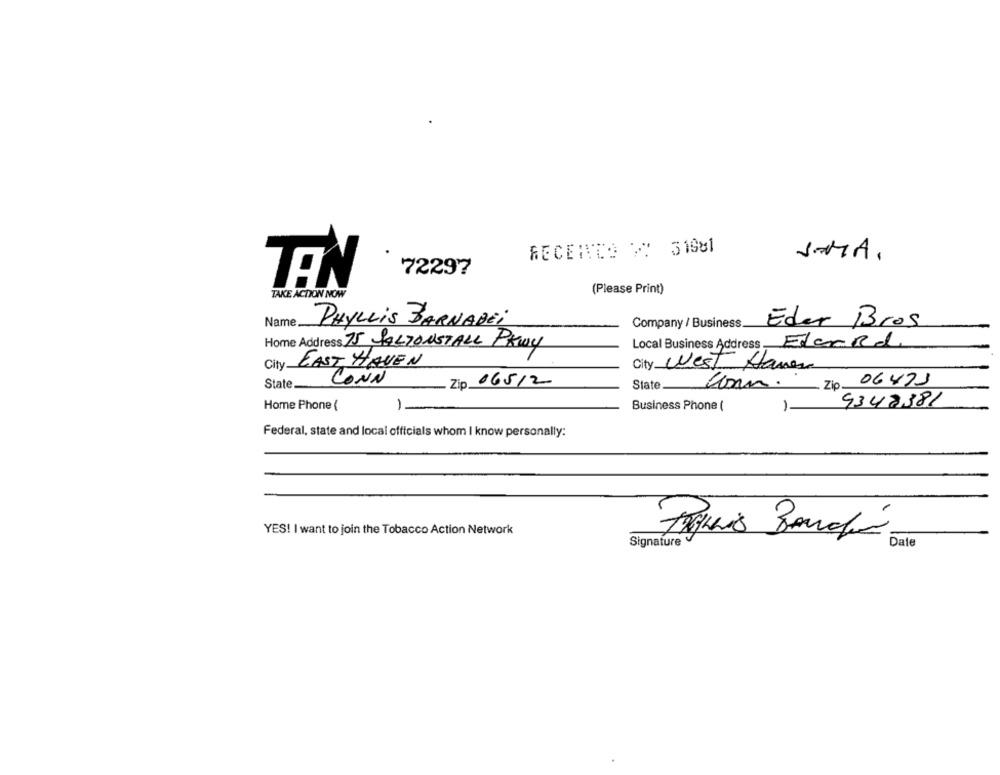
RECENTCO / 31681
SMA.
72297
TEN
TAKE ACTION NOW
(Please Print)
Name
PHYLLIS BARNADEi
Company / Business.
Eder Bros
Home Address 75 SALZONSTALL PKWy
Local Business Address Elcard
City EAST HAVEN
City West Haven
CONN
State
Zip 065/2
State_
Comm. Zip 06473
9348381
Home Phone (
1-
Business Phone (
-
Federal, state and local officials whom I know personally:
YES! I want to join the Tobacco Action Network
Date
Signature